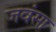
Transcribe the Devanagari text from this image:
जवंसा